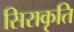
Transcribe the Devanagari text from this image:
सिराकृति